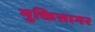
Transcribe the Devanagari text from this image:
मुक्तिसागर